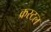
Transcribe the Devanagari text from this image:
क्रस्टल